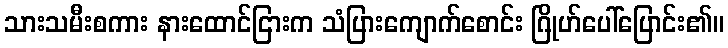
သားသမီးစကား နားထောင်ငြားက သံပြားကျောက်စောင်း ဂြိုဟ်ပေါ်ပြောင်း၏။